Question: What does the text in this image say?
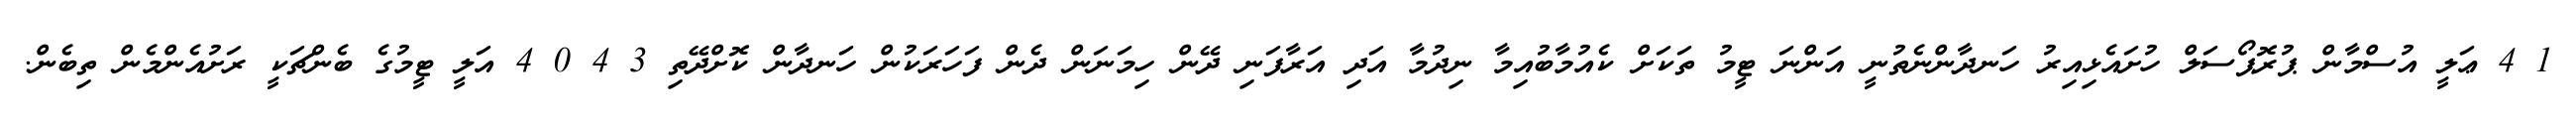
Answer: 1 4 ޢަލީ އުސްމާން ޕުރޮޕޯސަލް ހުށައެޅިއިރު ހަނދާންނެތުނީ އަންނަ ޓީމު ތަކަށް ކެއުމާބުއިމާ ނިދުމާ އަދި އަރާފަނި ދޭން ހިމަނަން ދެން ފަހަރަކުން ހަނދާން ކޮށްދޭތި 3 4 0 4 އަލީ ޓީމުގެ ބެންޗަކީ ރަށުއެންމެން ތިބެން.